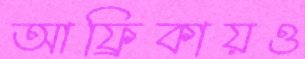
আফ্রিকায়ও